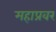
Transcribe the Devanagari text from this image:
महाप्रवर